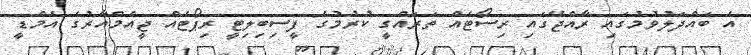
އެ ބައްދަލުވުމުގައި ރާއްޖޭގައި ރިސޯޓެއް ތަރައްގީ ކުރުމުގެ ފީސިބިލިޓީ ރިޕޯޓެއް ޖީއެމްއާރުގެ އެމްޑީ